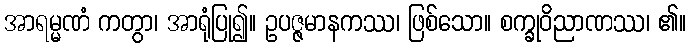
အာရမ္မဏံ ကတွာ၊ အာရုံပြု၍။ ဥပဇ္ဇမာနကဿ၊ ဖြစ်သော။ စက္ခုဝိညာဏဿ၊ ၏။